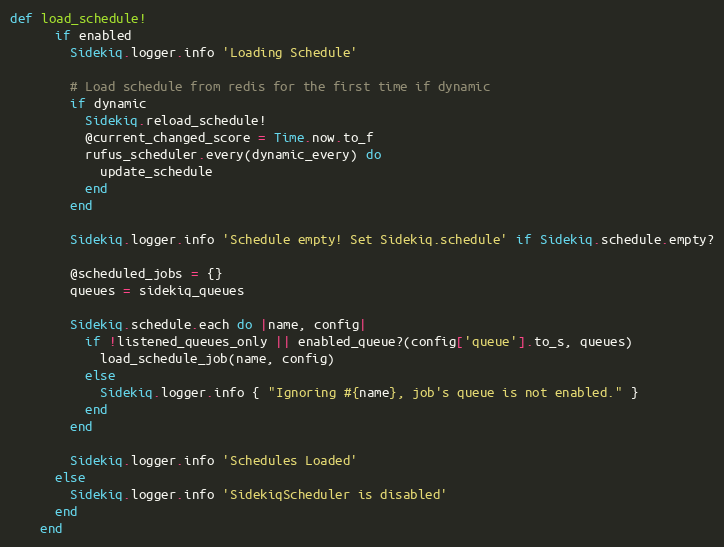
Language: Ruby
def load_schedule!
      if enabled
        Sidekiq.logger.info 'Loading Schedule'

        # Load schedule from redis for the first time if dynamic
        if dynamic
          Sidekiq.reload_schedule!
          @current_changed_score = Time.now.to_f
          rufus_scheduler.every(dynamic_every) do
            update_schedule
          end
        end

        Sidekiq.logger.info 'Schedule empty! Set Sidekiq.schedule' if Sidekiq.schedule.empty?

        @scheduled_jobs = {}
        queues = sidekiq_queues

        Sidekiq.schedule.each do |name, config|
          if !listened_queues_only || enabled_queue?(config['queue'].to_s, queues)
            load_schedule_job(name, config)
          else
            Sidekiq.logger.info { "Ignoring #{name}, job's queue is not enabled." }
          end
        end

        Sidekiq.logger.info 'Schedules Loaded'
      else
        Sidekiq.logger.info 'SidekiqScheduler is disabled'
      end
    end